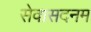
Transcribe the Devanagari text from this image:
सेवासदनम